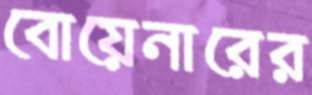
বোয়েনারের